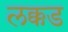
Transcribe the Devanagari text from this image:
लक्कड